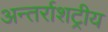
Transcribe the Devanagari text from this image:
अन्तर्राशट्रीय